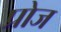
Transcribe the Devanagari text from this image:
प्रोज